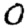
Digit: 0